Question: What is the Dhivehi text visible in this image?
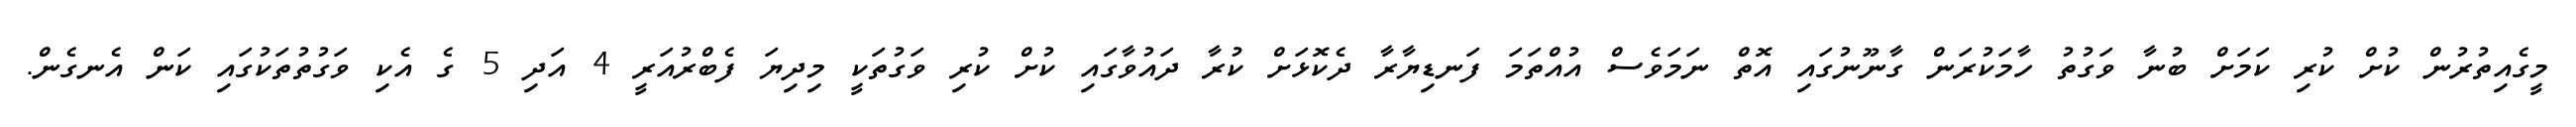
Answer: މީގެއިތުރުން ކުށް ކުރި ކަމަށް ބުނާ ވަގުތު ހާމަކުރަން ގާނޫނުގައި އޮތް ނަމަވެސް އުއްތަމަ ފަނޑިޔާރާ ދެކޮޅަށް ކުރާ ދައުވާގައި ކުށް ކުރި ވަގުތަކީ މިދިޔަ ފެބްރުއަރީ 4 އަދި 5 ގެ އެކި ވަގުތުތަކުގައި ކަން އެނގެން.